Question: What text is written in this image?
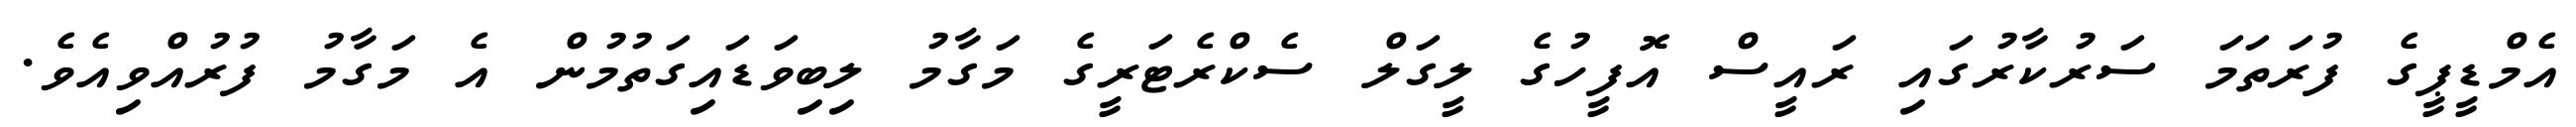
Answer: އެމްޑީޕީގެ ފުރަތަމަ ސަރުކާރުގައި ރައީސް އޮފީހުގެ ލީގަލް ސެކްރެޓަރީގެ މަގާމު ލިބިވަޑައިގަތުމުން އެ މަގާމު ފުރުއްވިއެވެ.